Rangoon Lunatic Asylum 1878-1892 - 1878-1892
Year: 1878
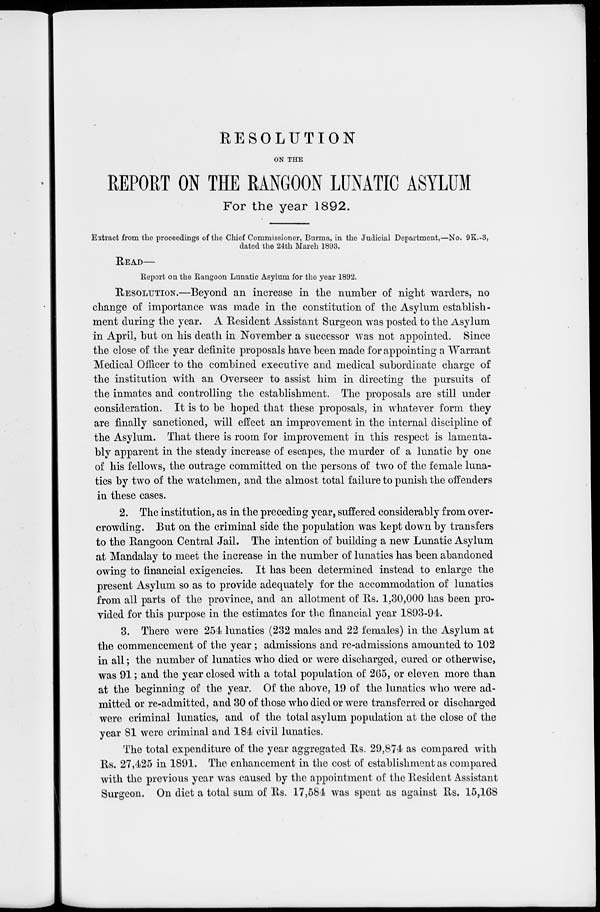
RESOLUTION
ON THE
REPORT ON THE RANGOON LUNATIC ASYLUM
For the year 1892.
Extract from the proceedings of the Chief Commissioner, Burma, in the Judicial Department,—No. 9K.-3,
dated the 24th March 1893.
READ—
Report on the Rangoon Lunatic Asylum for the year 1892.
RESOLUTION.—Beyond an increase in the number of night warders, no
change of importance was made in the constitution of the Asylum establish-
ment during the year. A Resident Assistant Surgeon was posted to the Asylum
in April, but on his death in November a successor was not appointed. Since
the close of the year definite proposals have been made for appointing a Warrant
Medical Officer to the combined executive and medical subordinate charge of
the institution with an Overseer to assist him in directing the pursuits of
the inmates and controlling the establishment. The proposals are still under
consideration. It is to be hoped that these proposals, in whatever form they
are finally sanctioned, will effect an improvement in the internal discipline of
the Asylum. That there is room for improvement in this respect is lamenta-
bly apparent in the steady increase of escapes, the murder of a lunatic by one
of his fellows, the outrage committed on the persons of two of the female luna-
tics by two of the watchmen, and the almost total failure to punish the offenders
in these cases.
2. The institution, as in the preceding year, suffered considerably from over-
crowding. But on the criminal side the population was kept down by transfers
to the Rangoon Central Jail. The intention of building a new Lunatic Asylum
at Mandalay to meet the increase in the number of lunatics has been abandoned
owing to financial exigencies. It has been determined instead to enlarge the
present Asylum so as to provide adequately for the accommodation of lunatics
from all parts of the province, and an allotment of Rs. 1,30,000 has been pro-
vided for this purpose in the estimates for the financial year 1893-94.
3. There were 254 lunatics (232 males and 22 females) in the Asylum at
the commencement of the year ; admissions and re-admissions amounted to 102
in all; the number of lunatics who died or were discharged, cured or otherwise,
was 91; and the year closed with a total population of 265, or eleven more than
at the beginning of the year. Of the above, 19 of the lunatics who were ad-
mitted or re-admitted, and 30 of those who died or were transferred or discharged
were criminal lunatics, and of the total asylum population at the close of the
year 81 were criminal and 184 civil lunatics.
The total expenditure of the year aggregated Rs. 29,874 as compared with
Rs. 27,425 in 1891. The enhancement in the cost of establishment as compared
with the previous year was caused by the appointment of the Resident Assistant
Surgeon. On diet a total sum of Rs. 17,584 was spent as against Rs. 15,168